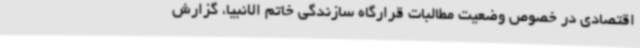
اقتصادی در خصوص وضعیت مطالبات قرارگاه سازندگی خاتم الانبیا، گزارش